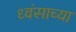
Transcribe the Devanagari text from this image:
ध्वंसाच्या